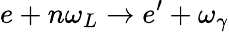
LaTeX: e+n\omega_{L}\rightarrow e^{\prime}+\omega_{\gamma}